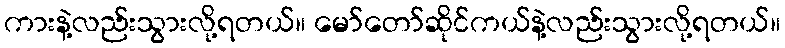
ကားနဲ့လည်းသွားလို့ရတယ်။ မော်တော်ဆိုင်ကယ်နဲ့လည်းသွားလို့ရတယ်။